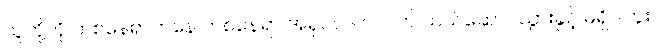
သူတို့ကို တစ်နေရာကနေ တစ်နေရာ အရှင်လတ်လတ် သယ်ဆောင်သွားခွင့် မရှိပါဘူး။